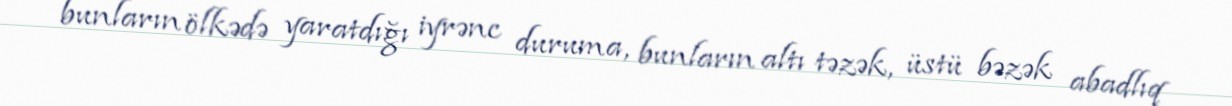
bunların ölkədə yaratdığı iyrənc duruma, bunların altı təzək, üstü bəzək abadlıq